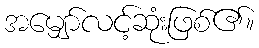
အမျှော်လင့်ဆုံးဖြစ်၏။